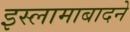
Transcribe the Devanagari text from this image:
इस्लामाबादने